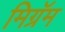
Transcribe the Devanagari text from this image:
मिग्रॅम